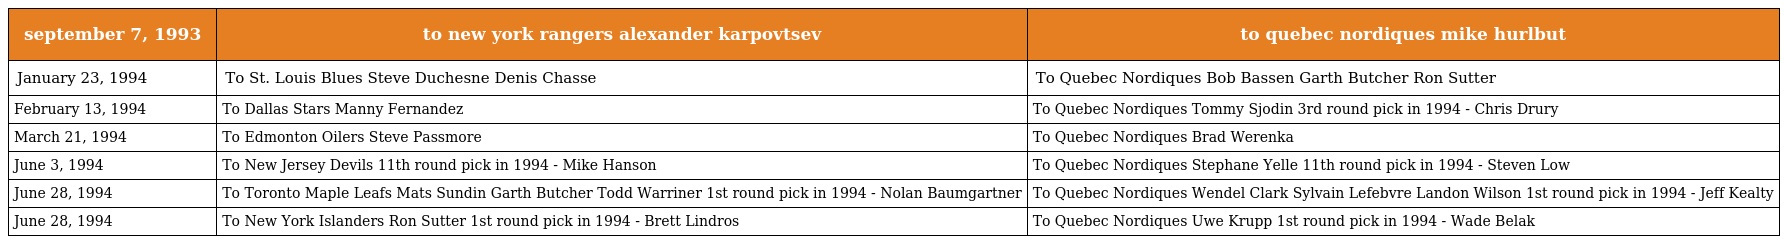
| september 7, 1993 | to new york rangers alexander karpovtsev | to quebec nordiques mike hurlbut |
 | --- | --- | --- |
 | January 23, 1994 | To St. Louis Blues Steve Duchesne Denis Chasse | To Quebec Nordiques Bob Bassen Garth Butcher Ron Sutter |
 | February 13, 1994 | To Dallas Stars Manny Fernandez | To Quebec Nordiques Tommy Sjodin 3rd round pick in 1994 - Chris Drury |
 | March 21, 1994 | To Edmonton Oilers Steve Passmore | To Quebec Nordiques Brad Werenka |
 | June 3, 1994 | To New Jersey Devils 11th round pick in 1994 - Mike Hanson | To Quebec Nordiques Stephane Yelle 11th round pick in 1994 - Steven Low |
 | June 28, 1994 | To Toronto Maple Leafs Mats Sundin Garth Butcher Todd Warriner 1st round pick in 1994 - Nolan Baumgartner | To Quebec Nordiques Wendel Clark Sylvain Lefebvre Landon Wilson 1st round pick in 1994 - Jeff Kealty |
 | June 28, 1994 | To New York Islanders Ron Sutter 1st round pick in 1994 - Brett Lindros | To Quebec Nordiques Uwe Krupp 1st round pick in 1994 - Wade Belak |